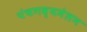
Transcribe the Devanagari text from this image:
पंचगव्यमेलन